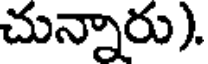
చున్నారు).